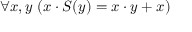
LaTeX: \forall x , y \ ( x \cdot S ( y ) = x \cdot y + x )